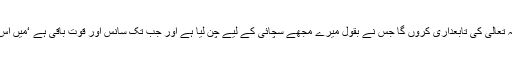
میری طرف سے شکریہ مگر میں اللہ تعالیٰ کی تابعداری کروں گا جس نے بقول میرے مجھے سچائی کے لیے چن لیا ہے اور جب تک سانس اور قوت باقی ہے ‘میں اس فلسفے سے دست بردار نہیں ہوں گا۔